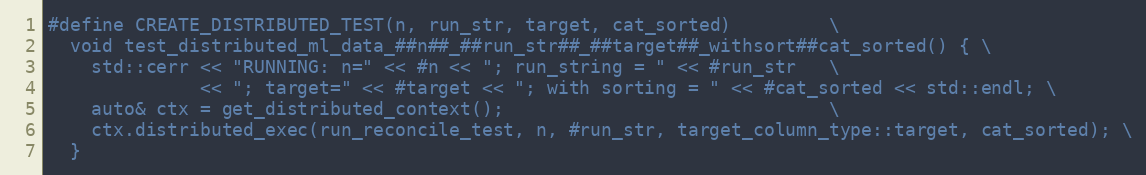
Language: C++
#define CREATE_DISTRIBUTED_TEST(n, run_str, target, cat_sorted)         \
  void test_distributed_ml_data_##n##_##run_str##_##target##_withsort##cat_sorted() { \
    std::cerr << "RUNNING: n=" << #n << "; run_string = " << #run_str   \
              << "; target=" << #target << "; with sorting = " << #cat_sorted << std::endl; \
    auto& ctx = get_distributed_context();                              \
    ctx.distributed_exec(run_reconcile_test, n, #run_str, target_column_type::target, cat_sorted); \
  }